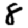
Digit: 8